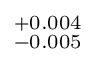
^ { + 0 . 0 0 4 } _ { - 0 . 0 0 5 }